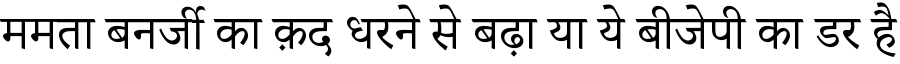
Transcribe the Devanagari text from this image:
ममता बनर्जी का क़द धरने से बढ़ा या ये बीजेपी का डर है